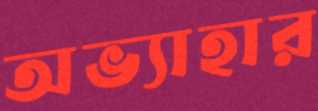
অভ্যাহার